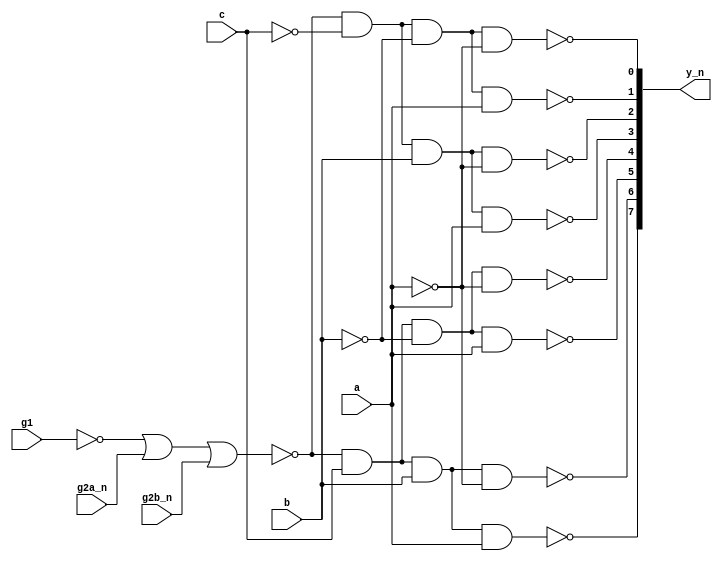
////////////////////////////////////////////////////////////////////////////////////////////////////
// Version:     1
// Description: This file contains a structural model for the 74138 3-to-8 decoder IC chip.
//              It uses primitive logic gates.
//              We are using it here as an introduction to the ModelSim environment.
////////////////////////////////////////////////////////////////////////////////////////////////////

module sn74138_structural(g1, g2a_n, g2b_n, c, b, a, y_n);
   input        g1, g2a_n, g2b_n;	// Decoder enables: G1 is active high; G2A and G2B are active-low.
   input        c, b, a;		// Decoder inputs: C is the MSB; A is the LSB.
   output [7:0] y_n;			// Active-low decoder outputs.

   wire         g1_n;			// Inverted signal from the active-high decoder enable.
   wire         c_n, b_n, a_n;		// Inverted decoder inputs.
   wire         enable;			// Intermediate signal for the enable inputs.

   // NOT gates produce the necessary inverted versions of the signals.
   not  not1(g1_n, g1), not2(c_n, c), not3(b_n, b), not4(a_n, a);

   // A NOR gate defines the enable condition.
   // The enable signal is 1 only when {g1, g2a_n, g2b_n} = 3'b100.
   nor  and1(enable, g1_n, g2a_n, g2b_n);	

   // NAND gates supply the active-low decoder outputs.
   nand  out7(y_n[7], enable, c, b, a), out6(y_n[6], enable, c, b, a_n), out5(y_n[5], enable, c, b_n, a), out4(y_n[4], enable, c, b_n, a_n),
         out3(y_n[3], enable, c_n, b, a), out2(y_n[2], enable, c_n, b, a_n), out1(y_n[1], enable, c_n, b_n, a), out0(y_n[0], enable, c_n, b_n, a_n);

endmodule